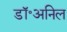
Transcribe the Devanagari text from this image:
डॉ॰अनिल